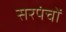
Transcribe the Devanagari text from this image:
सरपंचों